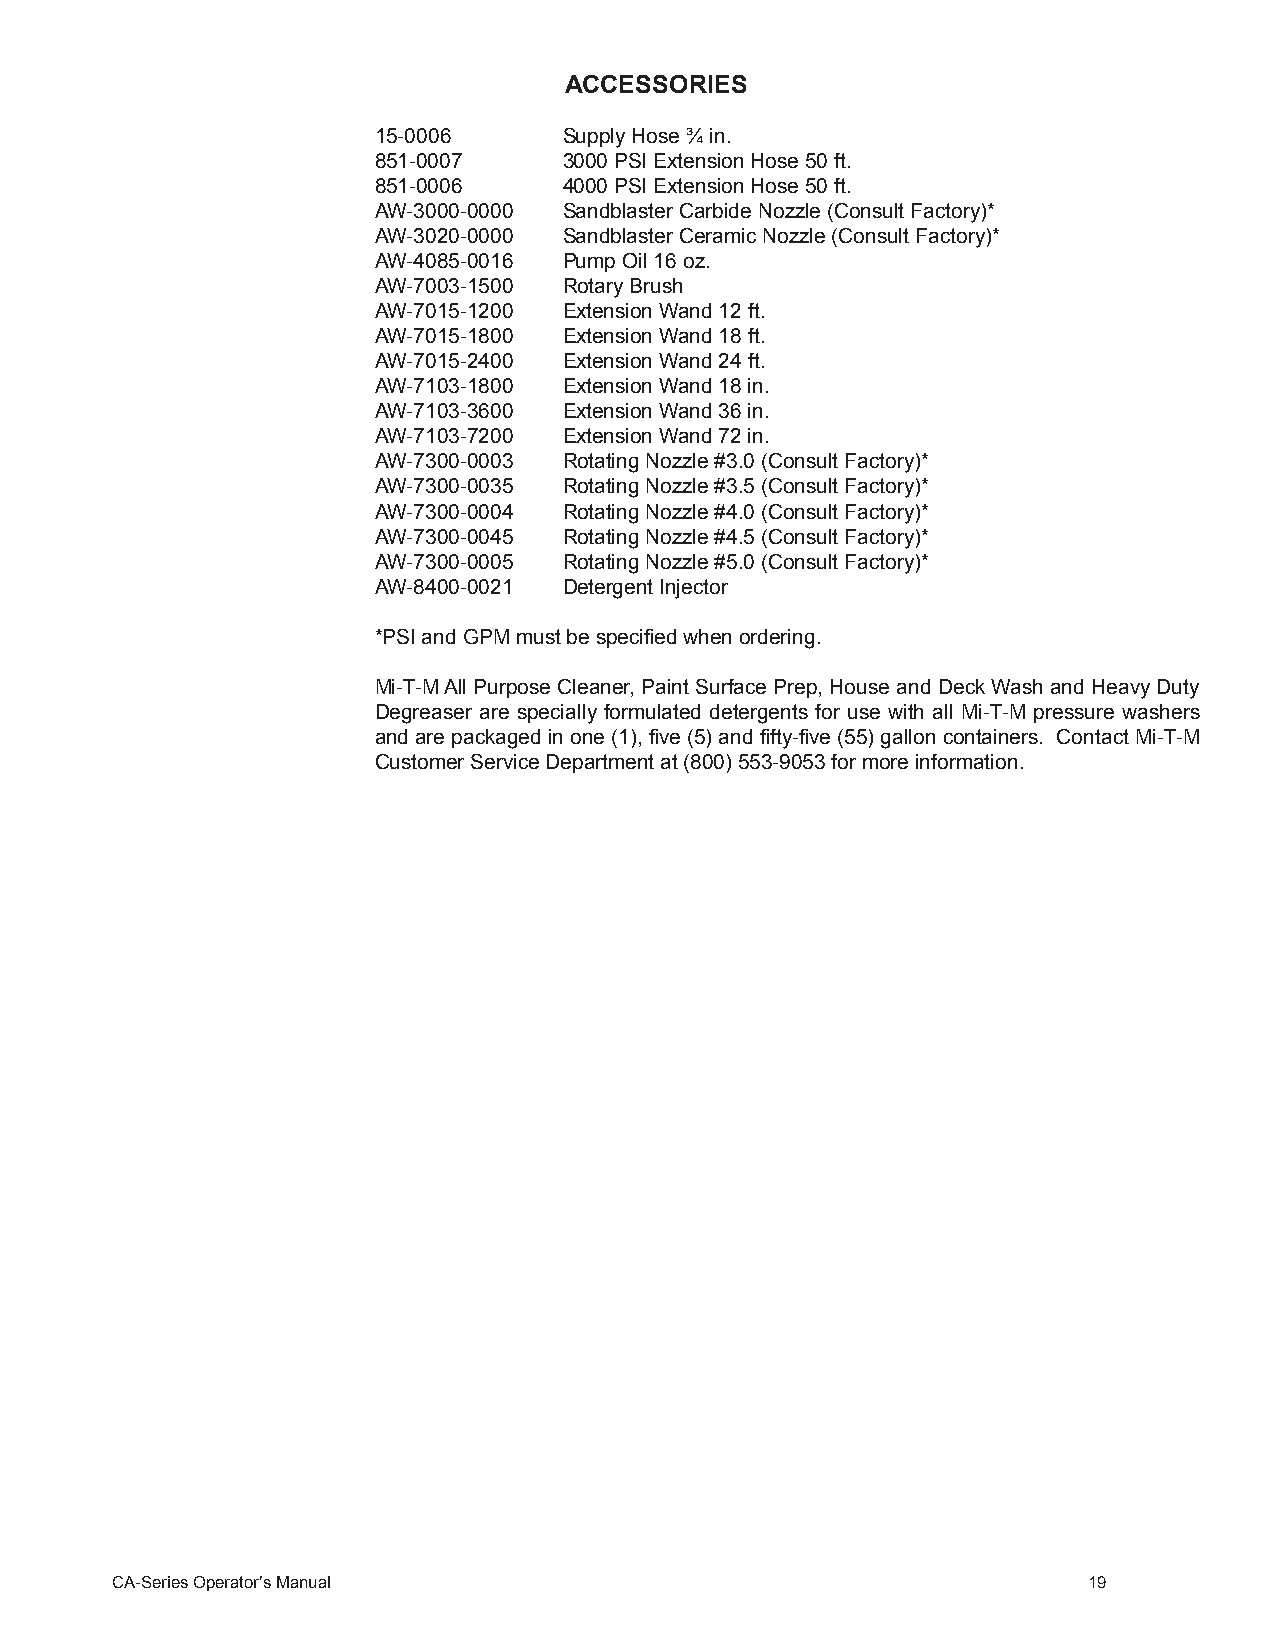
ACCESSORIES
 15-0006     Supply Hose ¾ in.
 851-0007    3000 PSI Extension Hose 50 ft.
 851-0006    4000 PSI Extension Hose 50 ft.
 AW-3000-0000 Sandblaster Carbide Nozzle (Consult Factory)*
 AW-3020-0000 Sandblaster Ceramic Nozzle (Consult Factory)*
 AW-4085-0016 Pump Oil 16 oz.
 AW-7003-1500 Rotary Brush
 AW-7015-1200 Extension Wand 12 ft.
 AW-7015-1800 Extension Wand 18 ft.
 AW-7015-2400 Extension Wand 24 ft.
 AW-7103-1800 Extension Wand 18 in.
 AW-7103-3600 Extension Wand 36 in.
 AW-7103-7200 Extension Wand 72 in.
 AW-7300-0003 Rotating Nozzle #3.0 (Consult Factory)*
 AW-7300-0035 Rotating Nozzle #3.5 (Consult Factory)*
 AW-7300-0004 Rotating Nozzle #4.0 (Consult Factory)*
 AW-7300-0045 Rotating Nozzle #4.5 (Consult Factory)*
 AW-7300-0005 Rotating Nozzle #5.0 (Consult Factory)*
 AW-8400-0021 Detergent Injector
 *PSI and GPM must be specified when ordering.
 Mi-T-M All Purpose Cleaner, Paint Surface Prep, House and Deck Wash and Heavy Duty
 Degreaser are specially formulated detergents for use with all Mi-T-M pressure washers
 and are packaged in one (1), five (5) and fifty-five (55) gallon containers. Contact Mi-T-M
 Customer Service Department at (800) 553-9053 for more information.
 CA-Series Operator’s Manual                                      19